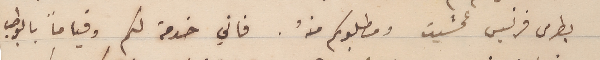
بطرس فرنسيس عمشيت ومطلوبكم منهُ. فاني خدمة لكم وقياماً بالواجب